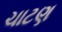
ચાટણ